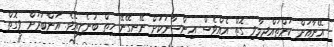
އޭނާއަށް ކަންތައްދިމާވި ގޮތް އެއްވެސް އިންސާނަކަށް ނޭނގޭނޭ ހިތް ބުނެލިއެވެ. އަންބަރަށް ވީގޮތް